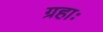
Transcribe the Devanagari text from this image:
ग्रहाः